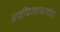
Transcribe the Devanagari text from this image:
रवींद्रनाथांवर